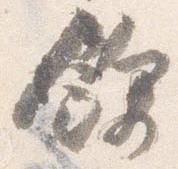
余